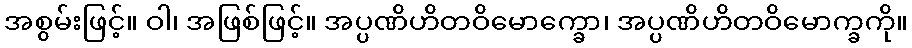
အစွမ်းဖြင့်။ ဝါ၊ အဖြစ်ဖြင့်။ အပ္ပဏိဟိတဝိမောက္ခော၊ အပ္ပဏိဟိတဝိမောက္ခကို။